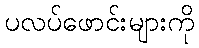
ပလပ်ဖောင်းများကို